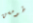
طومسن